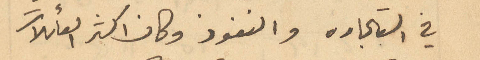
في التجاره والنفوذ وكان اكثر العائلات